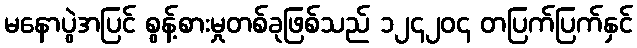
မနောပွဲအပြင် စွန့်စားမှုတစ်ခုဖြစ်သည် ၁၂၄၂၀၄ တပြက်ပြက်နှင်